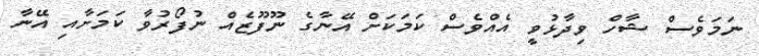
ނަމަވެސް ޝާހް ވިދާޅުވީ އެއްވެސް ކަމަކަށް އޭނާގެ ނޫފޫޒެއް ނުފޯރުވާ ކަމަށާއި އޭނާ